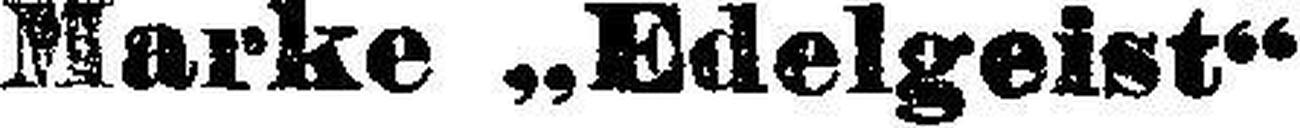
Marke „Edelgeist“